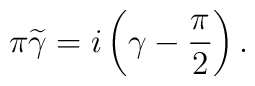
\pi\widetilde{\gamma}=i\left(\gamma-\frac{\pi}{2}\right).